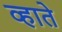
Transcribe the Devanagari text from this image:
व्हाते